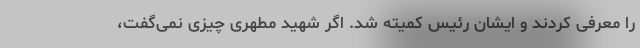
را معرفی کردند و ایشان رئیس کمیته شد. اگر شهید مطهری چیزی نمی‌گفت،